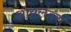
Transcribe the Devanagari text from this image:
आयलंडस्